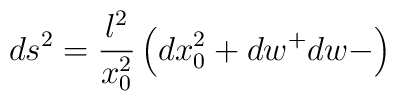
ds^2= \frac{l^2}{x_0^2}\left( dx_0^2 + dw^+dw-\right)